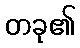
တခု၏